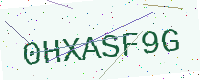
Text: 0HXASF9G